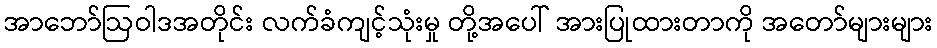
အာဘော်ဩဝါဒအတိုင်း လက်ခံကျင့်သုံးမှု တို့အပေါ် အားပြုထားတာကို အတော်များများ